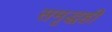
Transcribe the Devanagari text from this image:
समृद्धही